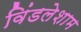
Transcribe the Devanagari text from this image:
विंडलेशाम